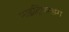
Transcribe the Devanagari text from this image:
नाइट्रिफाइंग